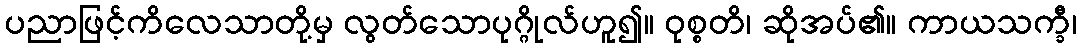
ပညာဖြင့်ကိလေသာတို့မှ လွတ်သောပုဂ္ဂိုလ်ဟူ၍။ ဝုစ္စတိ၊ ဆိုအပ်၏။ ကာယသက္ခီ၊